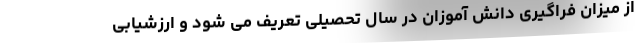
از میزان فراگیری دانش آموزان در سال تحصیلی تعریف می شود و ارزشیابی